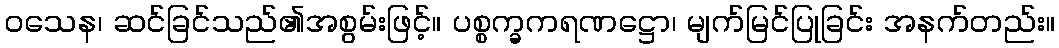
ဝသေန၊ ဆင်ခြင်သည်၏အစွမ်းဖြင့်။ ပစ္စက္ခကရဏဋ္ဌော၊ မျက်မြင်ပြုခြင်း အနက်တည်း။